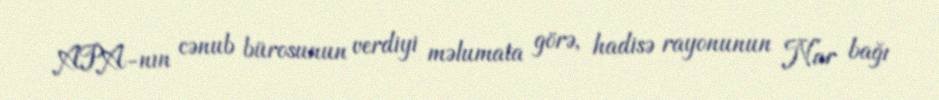
APA-nın cənub bürosunun verdiyi məlumata görə, hadisə rayonunun Nar bağı